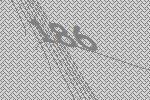
186